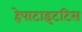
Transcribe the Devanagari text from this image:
हेपाटाइटटिस